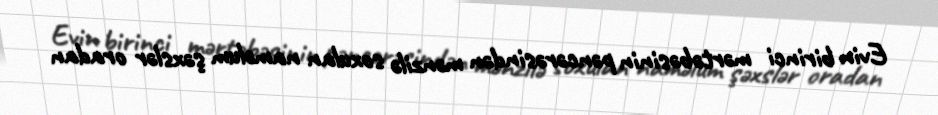
Evin birinci mərtəbəsinin pəncərəsindən mənzilə soxulan naməlum şəxslər oradan